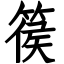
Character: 篌